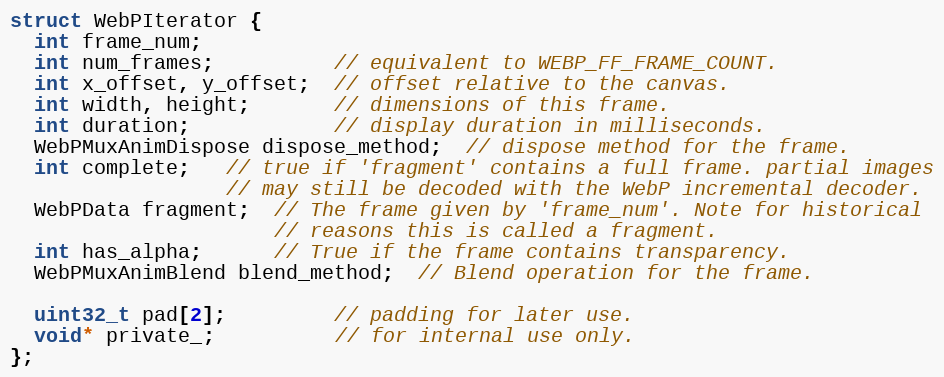
Language: C
struct WebPIterator {
  int frame_num;
  int num_frames;          // equivalent to WEBP_FF_FRAME_COUNT.
  int x_offset, y_offset;  // offset relative to the canvas.
  int width, height;       // dimensions of this frame.
  int duration;            // display duration in milliseconds.
  WebPMuxAnimDispose dispose_method;  // dispose method for the frame.
  int complete;   // true if 'fragment' contains a full frame. partial images
                  // may still be decoded with the WebP incremental decoder.
  WebPData fragment;  // The frame given by 'frame_num'. Note for historical
                      // reasons this is called a fragment.
  int has_alpha;      // True if the frame contains transparency.
  WebPMuxAnimBlend blend_method;  // Blend operation for the frame.

  uint32_t pad[2];         // padding for later use.
  void* private_;          // for internal use only.
};